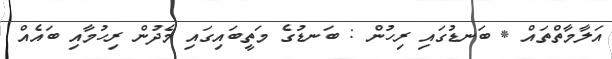
އަލާމާތްތައް * ބަނޑުގައި ރިހުން : ބަނޑުގެ މަތީބައިގައި މެދުން ރިހުމާއި ބައެއް